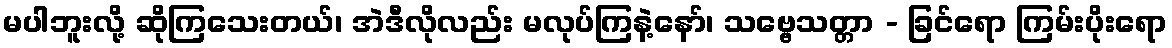
မပါဘူးလို့ ဆိုကြသေးတယ်၊ အဲဒီလိုလည်း မလုပ်ကြနဲ့နော်၊ သဗ္ဗေသတ္တာ - ခြင်ရော ကြမ်းပိုးရော